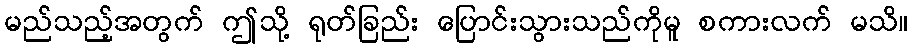
မည်သည့်အတွက် ဤသို့ ရုတ်ခြည်း ပြောင်းသွားသည်ကိုမူ စကားလက် မသိ။